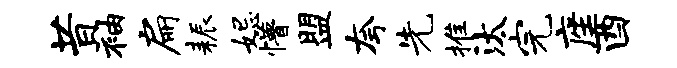
昔袖扁耨妃懵盟夸先推汰完座酉